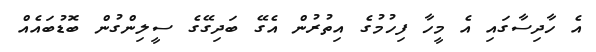
އެ ހާދިސާގައި އެ މީހާ ފިހުމުގެ އިތުރުން އެގޭ ބަދިގޭގެ ސީލިންގުން ބޮޑުބައެއް